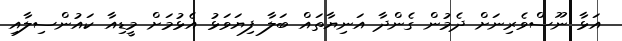
އަޅާ ނޫސްވެރިނަށް ދެމުން ގެންދާ އަނިޔާތައް ބަލާ ފިޔަވަޅު އެޅުމަށް މީޑިއާ ކައުންސިލާއި